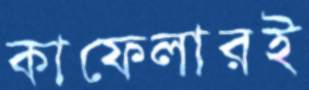
কাফেলারই